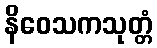
နိဝေသကသုတ္တံ